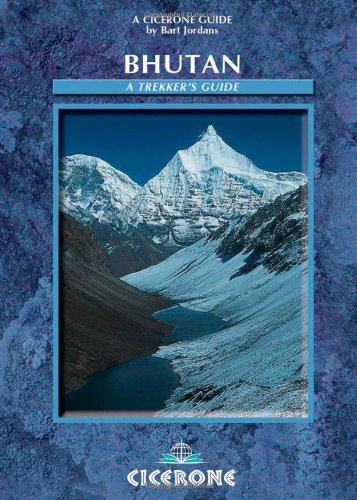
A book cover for Bhutan: A Trekker's Guide (Cicerone Guides); Bart Jordans; Travel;